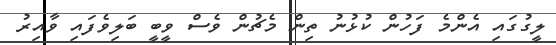
ލީގުގައި އެންމެ ފަހުން ކުޅުނު ތިން މެޗުން ވެސް ވީބީ ބަލިވެފައި ވާއިރު